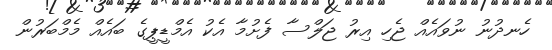
ހެނދުނު ނުވައެއް ޖެހި އިރު ޖަލްސާ ފެށުމާ އެކު އެމްޑީޕީގެ ބައެއް މެމްބަރުން